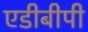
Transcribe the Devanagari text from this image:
एडीबीपी